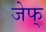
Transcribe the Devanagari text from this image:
जेफ्